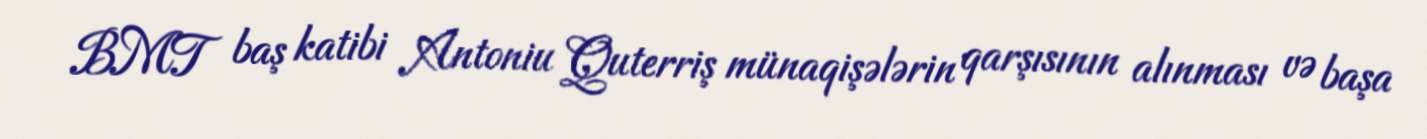
BMT baş katibi Antoniu Quterriş münaqişələrin qarşısının alınması və başa